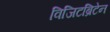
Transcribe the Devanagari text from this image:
विजिटब्रिटेन